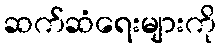
ဆက်ဆံရေးများကို